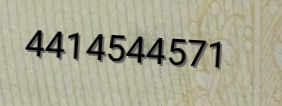
4414544571